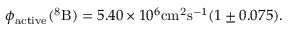
\phi _ { \mathrm { a c t i v e } } ( \mathrm { ^ 8 B } ) = 5 . 4 0 \times 1 0 ^ { 6 } \mathrm { c m ^ { 2 } s ^ { - 1 } } ( 1 \pm 0 . 0 7 5 ) .